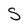
Character: S